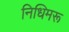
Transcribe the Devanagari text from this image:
निधिमरू